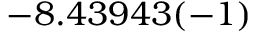
- 8 . 4 3 9 4 3 ( - 1 )